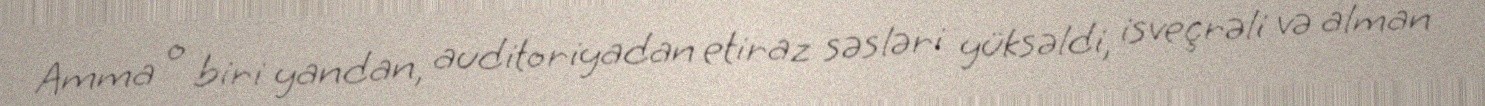
Amma o biri yandan, auditoriyadan etiraz səsləri yüksəldi, isveçrəli və alman